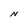
Character: N